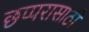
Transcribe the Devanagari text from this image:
छप्परासाठी